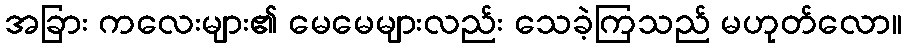
အခြား ကလေးများ၏ မေမေများလည်း သေခဲ့ကြသည် မဟုတ်လော။